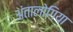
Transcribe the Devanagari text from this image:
अंतालोगिया